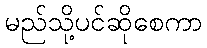
မည်သို့ပင်ဆိုစေကာ